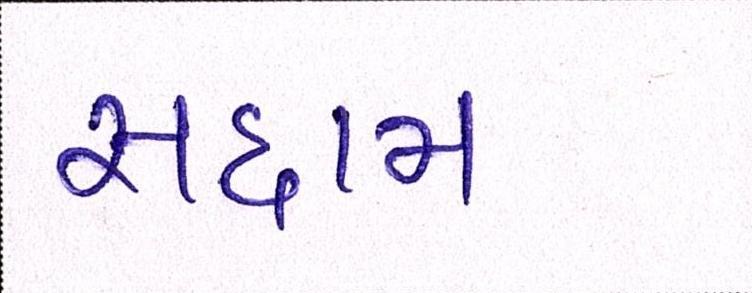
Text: સદ્દામ